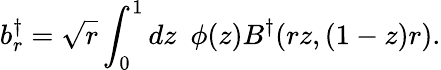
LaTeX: b_{r}^{\dagger}=\sqrt{r}\int_{0}^{1}dz\ \ \phi(z)B^{\dagger}(rz,(1-z)r).